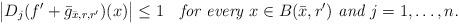
LaTeX: \begin{align*}\big| D_j(f'+\bar g_{\bar x,r,r'})(x) \big| \le 1\quad\textit{for every $x\in B(\bar x,r')$ and $j=1,\dots,n$.}\end{align*}